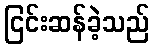
ငြင်းဆန်ခဲ့သည်